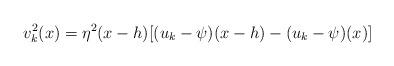
LaTeX: \begin{align*}v^2_k(x) = \eta^2(x-h) [(u_k - \psi)(x-h) - (u_k - \psi)(x)]\end{align*}